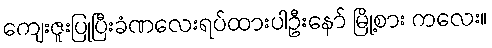
ကျေးဇူးပြုပြီးခံဏလေးရပ်ထားပါဦးနော် မြို့စား ကလေး။